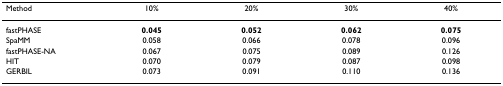
<table><thead><tr><td><b>Method</b></td><td><b>10%</b></td><td><b>20%</b></td><td><b>30%</b></td><td><b>40%</b></td></tr></thead><tbody><tr><td>fastPHASE</td><td><b>0.045</b></td><td><b>0.052</b></td><td><b>0.062</b></td><td><b>0.075</b></td></tr><tr><td>SpaMM</td><td>0.058</td><td>0.066</td><td>0.078</td><td>0.096</td></tr><tr><td>fastPHASE-NA</td><td>0.067</td><td>0.075</td><td>0.089</td><td>0.126</td></tr><tr><td>HIT</td><td>0.070</td><td>0.079</td><td>0.087</td><td>0.098</td></tr><tr><td>GERBIL</td><td>0.073</td><td>0.091</td><td>0.110</td><td>0.136</td></tr></tbody></table>